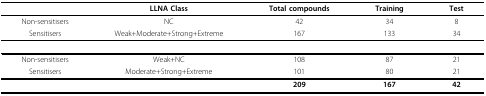
|  | LLNA Class | Total compounds | Training | Test |
 | --- | --- | --- | --- | --- |
 | Non-sensitisers | NC | 42 | 34 | 8 |
 | Sensitisers | Weak+Moderate+Strong+Extreme | 167 | 133 | 34 |
 | Non-sensitisers | Weak+NC | 108 | 87 | 21 |
 | Sensitisers | Moderate+Strong+Extreme | 101 | 80 | 21 |
 |  |  | 209 | 167 | 42 |